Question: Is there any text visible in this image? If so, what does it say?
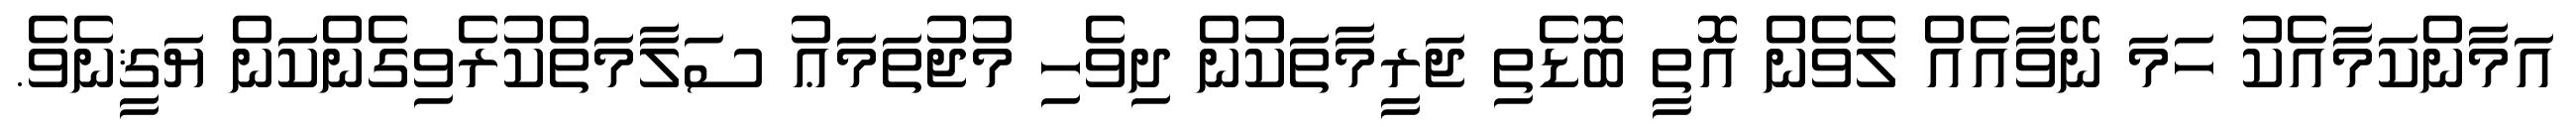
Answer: އަމާންކަމާއެކު ހަމަ ނޭވާއެއް ލެވެން އޮތީ ބޮޑެތި ޖަރީމާތަކުން ދިވެހި މުޖުތަމަޢު ސަލާމަތްކުރެވިގެންކަން ޔަޤީނެވެ.